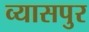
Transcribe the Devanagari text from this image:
व्‍यासपुर